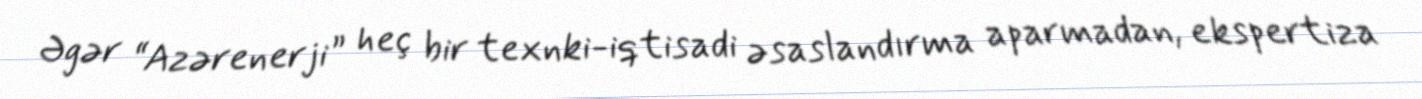
Əgər “Azərenerji” heç bir texnki-iqtisadi əsaslandırma aparmadan, ekspertiza